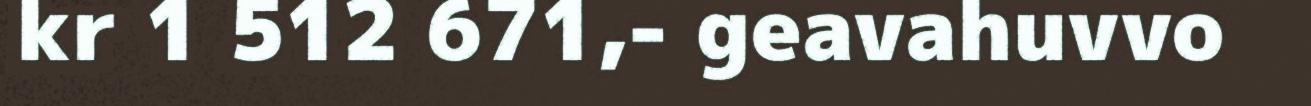
kr 1 512 671,- geavahuvvo